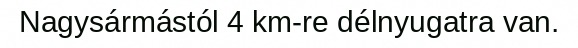
Nagysármástól 4 km-re délnyugatra van.